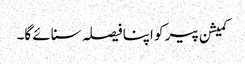
کمیشن پیر کو اپنا فیصلہ سنائے گا۔